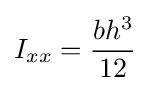
I_{xx}={\frac {bh^{3}}{12}}